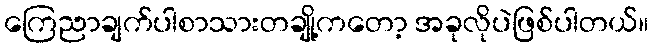
ကြေညာချက်ပါစာသားတချို့ကတော့ အခုလိုပဲဖြစ်ပါတယ်။